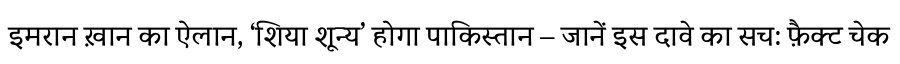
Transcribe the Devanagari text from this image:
इमरान ख़ान का ऐलान, ‘शिया शून्य’ होगा पाकिस्तान – जानें इस दावे का सच: फ़ैक्ट चेक